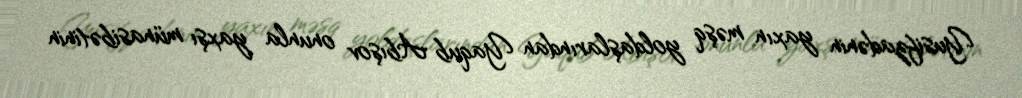
Yusifzadənin yaxın məşq yoldaşlarından Yaqub Abışov onunla yaxşı münasibətinin